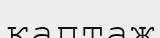
каптаж